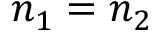
n _ { 1 } = n _ { 2 }